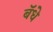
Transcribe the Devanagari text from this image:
बॅधे